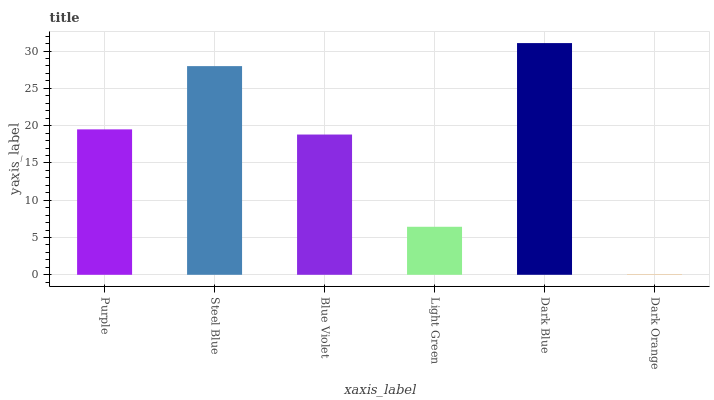
| xaxis_label | bars |
 | --- | --- |
 | Purple | 19.5 |
 | Steel Blue | 28 |
 | Blue Violet | 18.8 |
 | Light Green | 6.44 |
 | Dark Blue | 31.1 |
 | Dark Orange | 0.0278 |